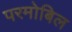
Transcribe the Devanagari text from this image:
परमोबिल